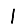
Digit: 1